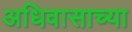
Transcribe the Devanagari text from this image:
अधिवासाच्या